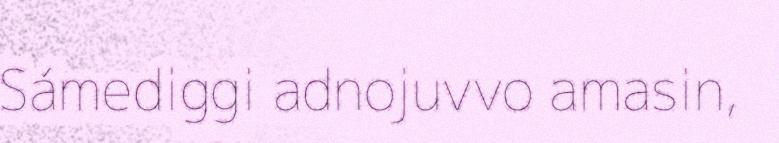
Sámediggi adnojuvvo amasin,